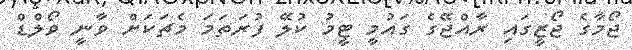
ޖޯމާގެ ޖޯޒީގައި ރާއްޖޭގެ ގައުމީ ޓީމު ކުލޭ ފުރަތަމަ މެޗަކަށް ވާނީ ވޯލްޑް